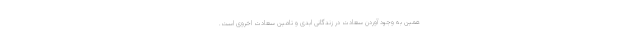
همین به وجود آوردن سعادت در زندگانی ابدی و تامین سعادت اخروی است.